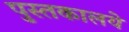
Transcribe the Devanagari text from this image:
पुस्तकालये